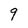
Character: 9